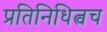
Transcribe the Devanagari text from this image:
प्रतिनिधित्वच